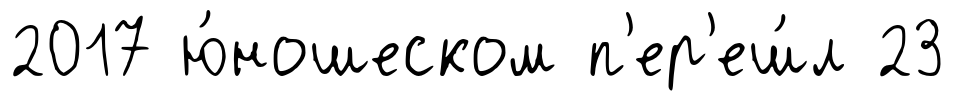
2017 ю́ношеском п'ер'еш́л 23